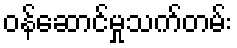
ဝန်ဆောင်မှုသက်တမ်း